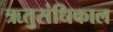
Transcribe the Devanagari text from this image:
ऋतुसंधिकाल